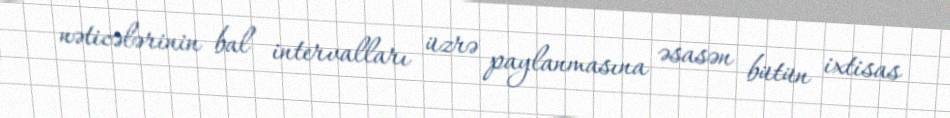
nəticələrinin bal intervalları üzrə paylanmasına əsasən bütün ixtisas